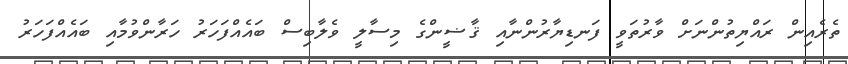
ތެރެއިން ރައްޔިތުންނަށް ވާރުތަވީ ފަނޑިޔާރުންނާއި ޤާޟީންގެ މިސާލީ ވެލާބިސް ބައެއްފަހަރު ހަރާންވުމާއި ބައެއްފަހަރު